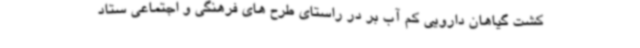
کشت گیاهان دارویی کم آب بر در راستای طرح های فرهنگی و اجتماعی ستاد